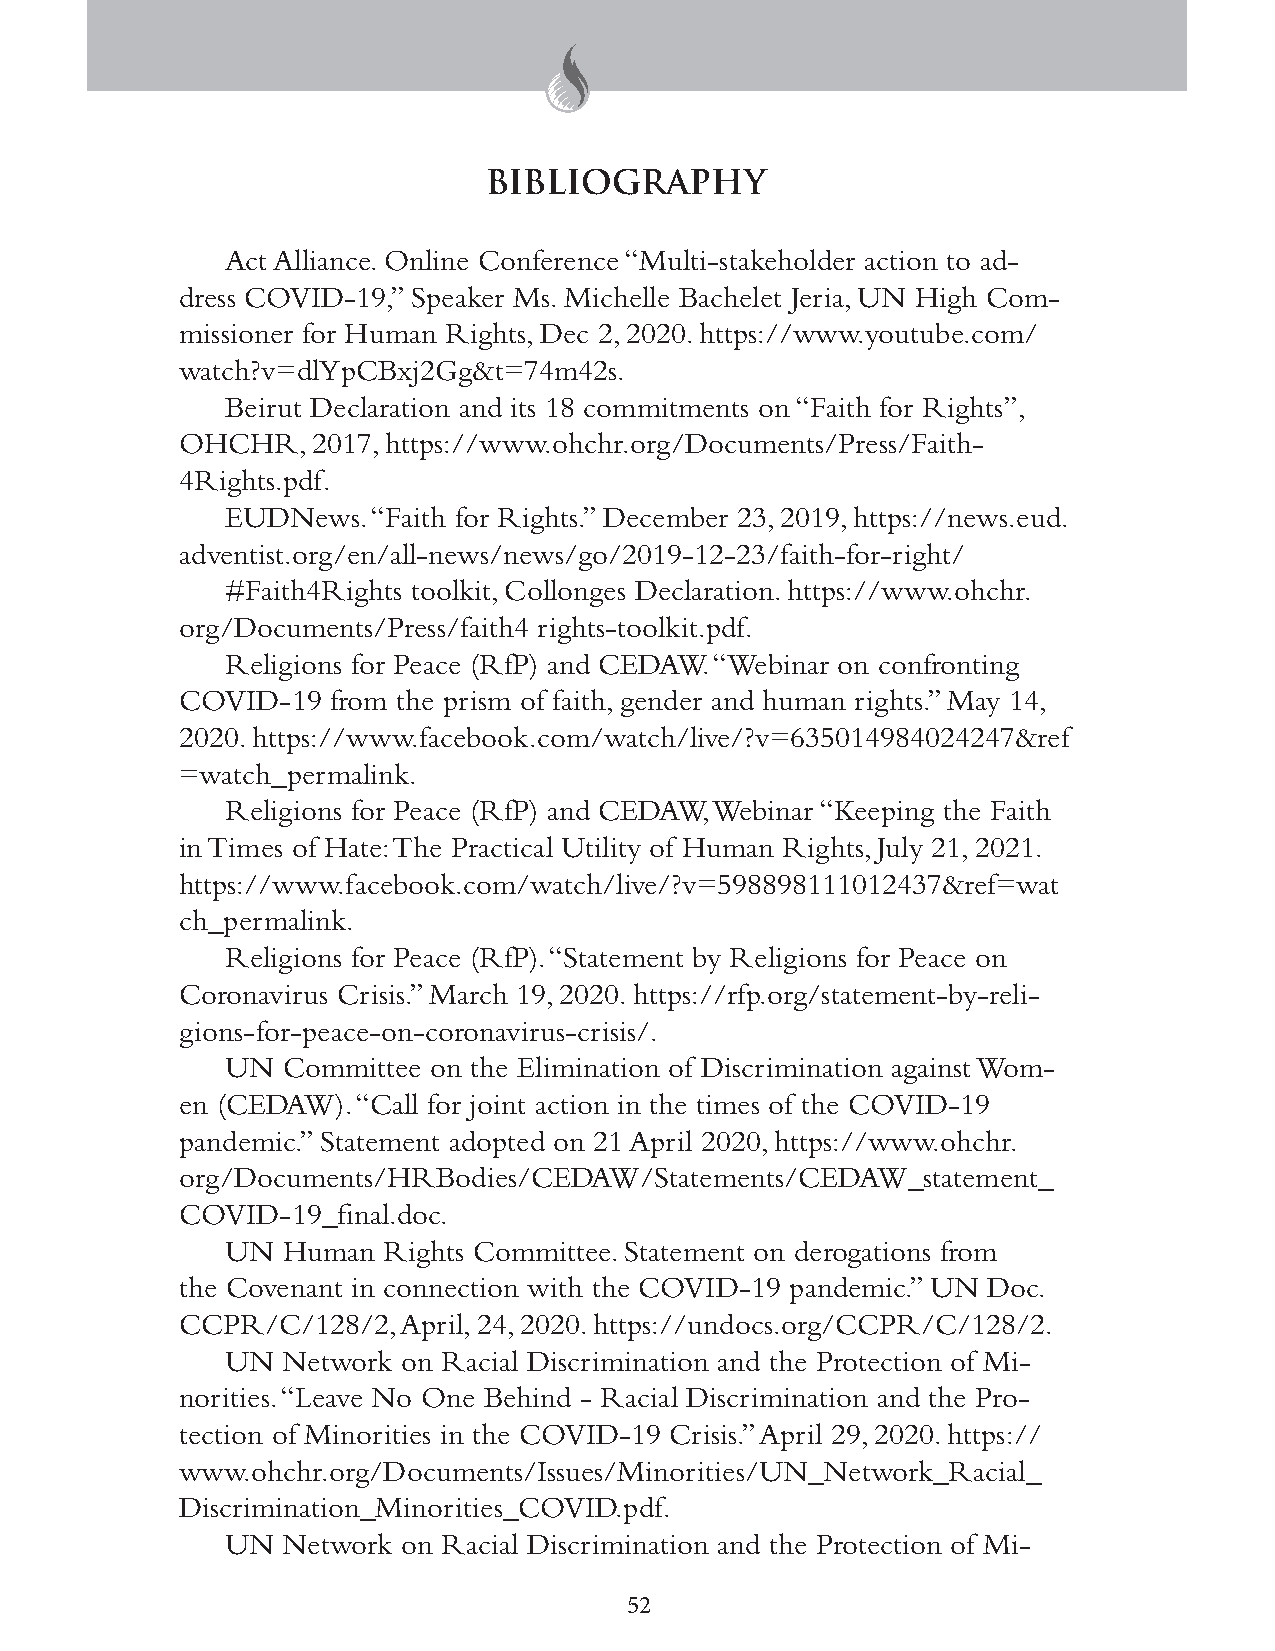
BIBLIOGRAPHY
 Act Alliance. Online Conference “Multi-stakeholder action to ad-
 dress COVID-19,” Speaker Ms. Michelle Bachelet Jeria, UN High Com-
 missioner for Human Rights, Dec 2, 2020. https://www.youtube.com/
 watch?v=dlYpCBxj2Gg&t=74m42s.
 Beirut Declaration and its 18 commitments on “Faith for Rights”,
 OHCHR,   2017, https://www.ohchr.org/Documents/Press/Faith-
 4Rights.pdf.
 EUDNews.  “Faith for Rights.” December 23, 2019, https://news.eud.
 adventist.org/en/all-news/news/go/2019-12-23/faith-for-right/
 #Faith4Rights toolkit, Collonges Declaration. https://www.ohchr.
 org/Documents/Press/faith4 rights-toolkit.pdf.
 Religions for Peace (RfP) and CEDAW. “Webinar on confronting
 COVID-19  from the prism of faith, gender and human rights.” May 14,
 2020. https://www.facebook.com/watch/live/?v=635014984024247&ref
 =watch_permalink.
 Religions for Peace (RfP) and CEDAW, Webinar “Keeping the Faith
 in Times of Hate: The Practical Utility of Human Rights, July 21, 2021.
 https://www.facebook.com/watch/live/?v=598898111012437&ref=wat
 ch_permalink.
 Religions for Peace (RfP). “Statement by Religions for Peace on
 Coronavirus Crisis.” March 19, 2020. https://rfp.org/statement-by-reli-
 gions-for-peace-on-coronavirus-crisis/.
 UN  Committee on the Elimination of Discrimination against Wom-
 en (CEDAW). “Call for joint action in the times of the COVID-19
 pandemic.” Statement adopted on 21 April 2020, https://www.ohchr.
 org/Documents/HRBodies/CEDAW/Statements/CEDAW_statement_
 COVID-19_final.doc.
 UN  Human Rights Committee. Statement on derogations from
 the Covenant in connection with the COVID-19 pandemic.” UN Doc.
 CCPR/C/128/2,  April, 24, 2020. https://undocs.org/CCPR/C/128/2.
 UN  Network on Racial Discrimination and the Protection of Mi-
 norities. “Leave No One Behind - Racial Discrimination and the Pro-
 tection of Minorities in the COVID-19 Crisis.” April 29, 2020. https://
 www.ohchr.org/Documents/Issues/Minorities/UN_Network_Racial_
 Discrimination_Minorities_COVID.pdf.
 UN  Network on Racial Discrimination and the Protection of Mi-
 52